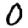
Digit: 0